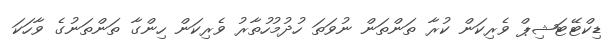
ޑިކްޓޭޓަޝިޕް ވެރިކަން ކުރާ ތަންތަން ނުވަތަ ހުދުމުހުތާރު ވެރިކަން ހިންގާ ތަންތަނުގެ ވާހަކަ